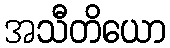
အသီတိယော